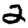
Digit: 2